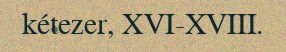
kétezer, XVI-XVIII.